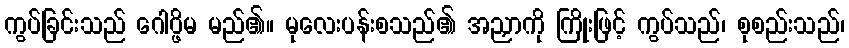
ကွပ်ခြင်းသည် ဂေါပ္ဖိမ မည်၏။ မုလေးပန်းစသည်၏ အညှာကို ကြိုးဖြင့် ကွပ်သည်၊ စုစည်းသည်၊